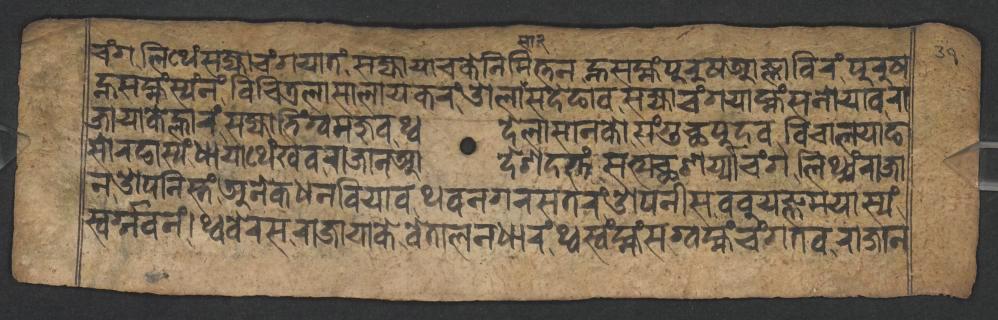
𑐔𑑄𑐐𑐮𑐶𑐠𑐾𑑄𑐳𑐖𑑂𑐫𑐵𑐔𑑄𑐐𑐫𑐵𑐟𑑄𑐳𑐖𑑂𑐫𑐵𑐫𑐵𑐔𑐎𑐾𑐣𑐶𑐩𑐶𑐟𑑂𑐟𑐣𑐣𑑂𑐴𑐳𑐩𑑂𑐴𑑄𑐥𑐸𑐬𑐸𑐲𑐁𑐖𑑂𑐘𑐵𑐧𑐶𑐬𑑄𑐥𑐸𑐬𑐸𑐲 𑐣𑑂𑐴𑐳𑐩𑑂𑐴𑑄𑐳𑑂𑐫𑑄𑐣𑑄𑐰𑐶𑐔𑐶𑐟𑑂𑐬𑐮𑐵𑐳𑐵𑐮𑐵𑐫𑐎𑐬𑑄𑐌𑐮𑐵𑐳𑐡𑐾𑐒𑐵𑐰𑐳𑐖𑑂𑐫𑐵𑐔𑑄𑐐𑐫𑐵𑐩𑑂𑐴𑑄𑐳𑐣𑑀𑐫𑐵𑐰𑐬𑐵 𑐖𑐵𑐫𑐵𑐎𑐾𑐮𑑂𑐴𑐵𑐬𑑄𑐳𑐖𑑂𑐫𑐵𑐨𑐶𑑄𑐐𑑂𑐰𑐩𑐖𑐸𑐰𑐠𑑂𑐰𑐡𑐾𑐮𑐵𑐳𑐵𑐣𑐎𑑀𑐳𑑄𑐐𑐸𑐕𑐥𑐸𑐡𑐰𑐰𑐶𑐔𑐵𑐮𑐫𑐵𑐒 𑐳𑑀𑐬𑐒𑐵𑐳𑑂𑐫𑑄𑐢𑐵𑐫𑐵𑐠𑐾𑑄𑐏𑐰𑐬𑐵𑐖𑐵𑐣𑐁𑐡𑐾𑐱𑐡𑐟𑑂𑐟𑑄𑐳𑐟𑑂𑐫𑐕𑐱𑐬𑑂𑐫𑑂𑐫𑐵𑐔𑑄𑐐𑐮𑐶𑐠𑑂𑐫𑑄𑐬𑐵𑐖𑐵 𑐣𑐌𑐥𑐣𑐶𑐳𑑂𑐟𑑄𑐀𑐣𑐾𑐎𑐢𑐣𑐧𑐶𑐫𑐵𑐰𑐠𑐰𑐣𑐐𑐬𑐳𑐟𑐬𑑄𑐌𑐥𑐣𑐷𑐳𑐧𑐧𑐸𑐫𑐖𑑂𑐘𑐩𑐫𑐵𑐳𑑂𑐫𑑄 𑐳𑑂𑐰𑐬𑑂𑐐𑑂𑐐𑐰𑐣𑑄𑑋𑐠𑑂𑐰𑐧𑐾𑐬𑐳𑐬𑐵𑐖𑐵𑐫𑐵𑐎𑐾𑐰𑐾𑐟𑐵𑐮𑐣𑐢𑐵𑐬𑑄𑐠𑑂𑐰𑐳𑑂𑐰𑑄𑐩𑑂𑐴𑑄𑐳𑐐𑑂𑐰𑐩𑑂𑐴𑑄𑐔𑑄𑐐𑐟𑐰𑐬𑐵𑐖𑐵𑐣